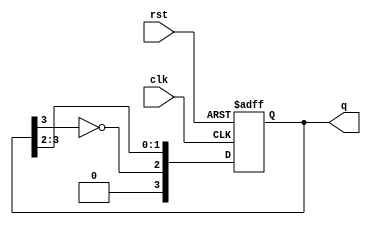
module johnson_counter #(parameter n = 4) (
    input wire clk,
    input wire rst,
    output reg [n-1:0] q
);

    always @(posedge clk or posedge rst) begin
        if (rst) begin
            q <= 0; // Asynchronous reset to 0
        end else begin
            // The Johnson counter logic: Shift right and feedback inverted last output
            q <= {~q[n-1], q[n-1:n-2]}; // Shift and feedback the inverted output
        end
    end

endmodule